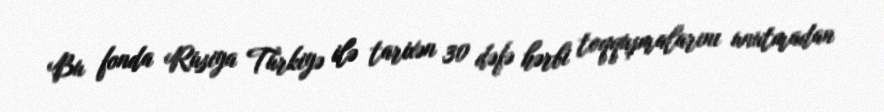
Bu fonda Rusiya Türkiyə ilə tarixən 30 dəfə hərbi toqquşmalarını unutmadan